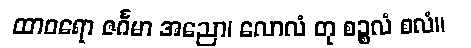
ထာဝရော ဇင်္ဂမာ အညော၊ လောလံ တု စဉ္စလံ စလံ။